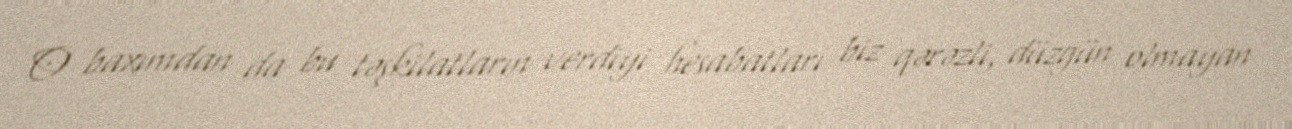
O baxımdan da bu təşkilatların verdiyi hesabatları biz qərəzli, düzgün olmayan